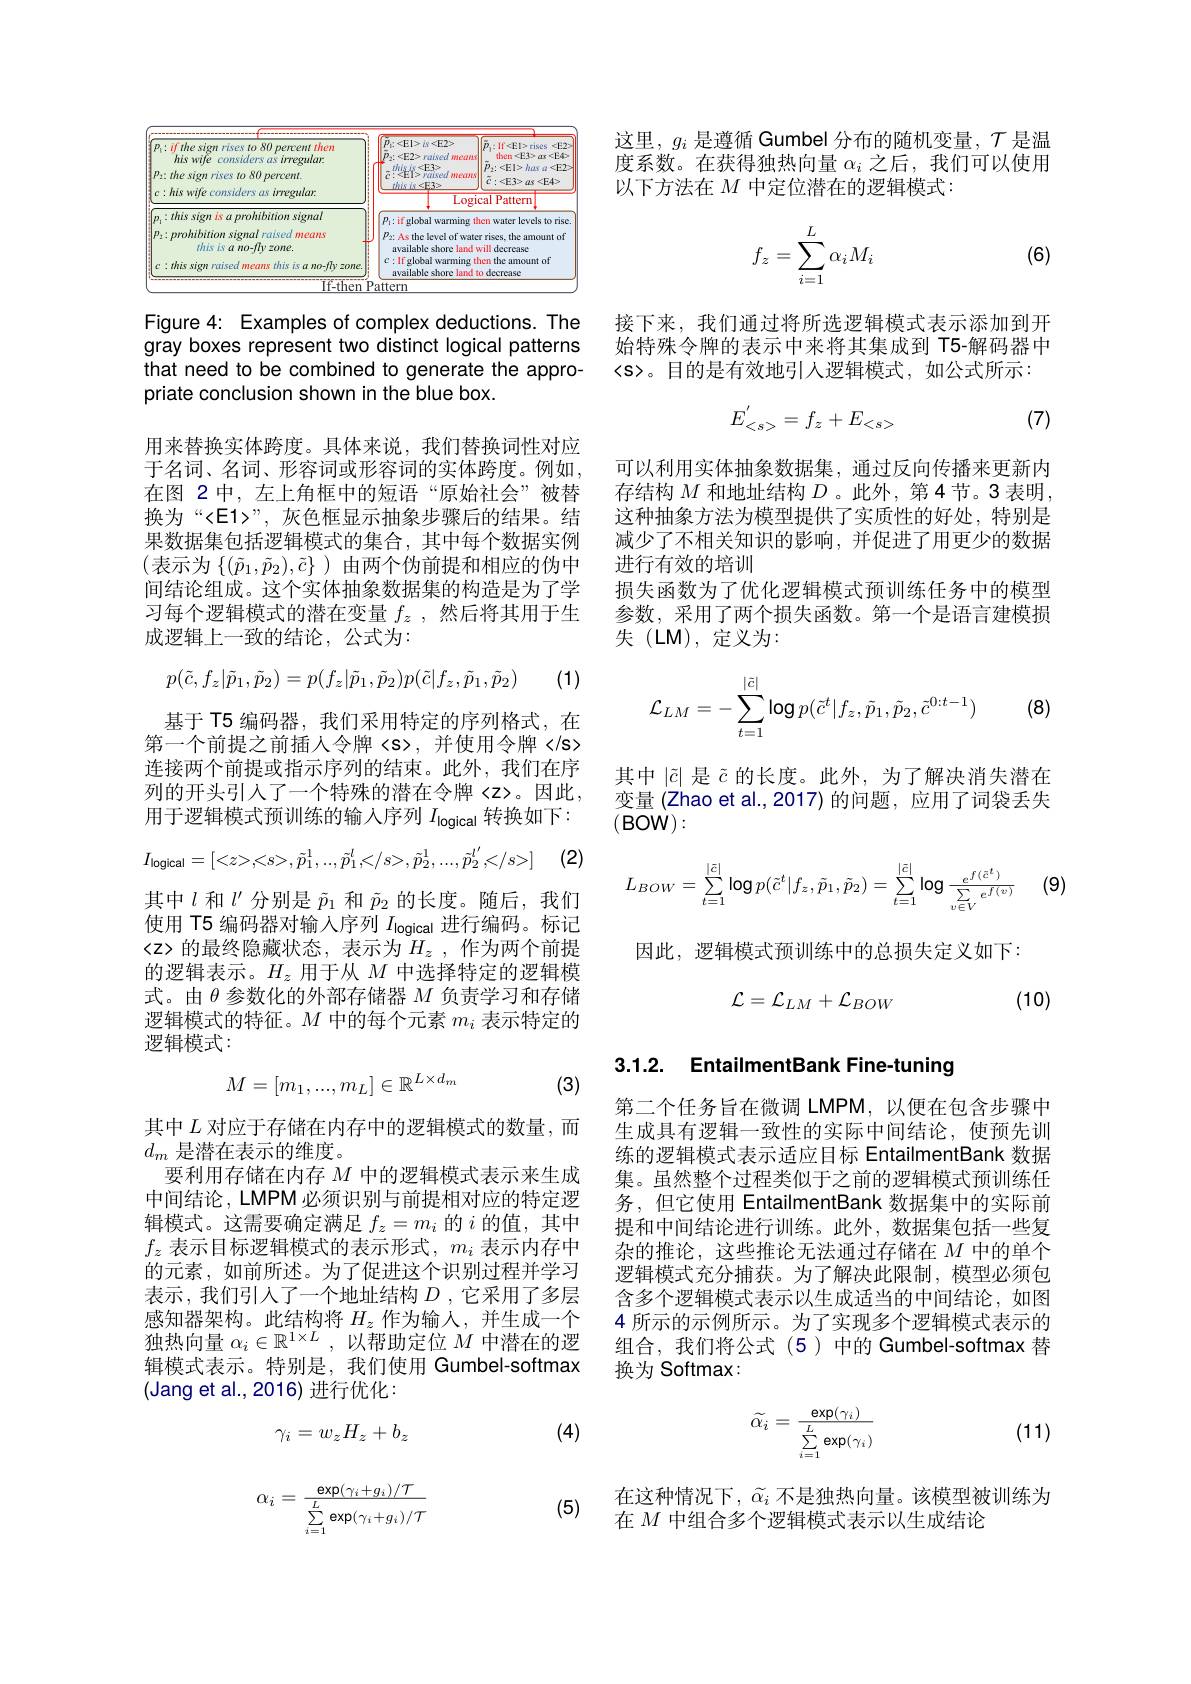
<FigureHere>

Figure 4: Examples of complex deductions. The gray boxes represent two distinct logical patterns that need to be combined to generate the appropriate conclusion shown in the blue box.

用来替换实体跨度。具体来说，我们替换词性对应于名词、名词、形容词或形容词的实体跨度。例如， 在图 2 中，左上角框中的短语“原始社会”被替换为“<E1>”, 灰色框显示抽象步骤后的结果。结果数据集包括逻辑模式的集合，其中每个数据实例(表示为$\{(\tilde{p}_1,\tilde{p}_2),\tilde{c}\})$由两个伪前提和相应的伪中间结论组成。这个实体抽象数据集的构造是为了学习每个逻辑模式的潜在变量$f_z$ ,然后将其用于生成逻辑上一致的结论，公式为：
$$p(\tilde{c},f_z|\tilde{p}_1,\tilde{p}_2)=p(f_z|\tilde{p}_1,\tilde{p}_2)p(\tilde{c}|f_z,\tilde{p}_1,\tilde{p}_2)$$
(1)

基于 T5 编码器，我们采用特定的序列格式，在第一个前提之前插人令牌〈s〉,并使用令牌〈s〉 连接两个前提或指示序列的结束。此外，我们在序列的开头引人了一个特殊的潜在令牌〈z〉。因此， 用于逻辑模式预训练的输入序列$I_\mathrm{logical}$转换如下：
$$I_{\mathrm{logical}}=[<z>,
,\tilde{p}_{1}^{1},..,\tilde{p}_{1}^{l},
,\tilde{p}_{2}^{1},...,\tilde{p}_{2}^{l^{\prime}},
]$$
(2)

其中$l$和$l^\prime$分别是$\tilde{p}_1$和$\tilde{p}_2$的长度。随后，我们使用 T5 编码器对输入序列$I_\mathrm{logical}$进行编码。标记<z>的最终隐藏状态，表示为$H_z$,作为两个前提的逻辑表示。$H_z$用于从$M$中选择特定的逻辑模式。由$\theta$参数化的外部存储器$M$负责学习和存储逻辑模式的特征。$M$中的每个元素$m_i$表示特定的逻辑模式：

(3)
$$M=[m_1,...,m_L]\in\mathbb{R}^{L\times d_m}$$
其中$L$对应于存储在内存中的逻辑模式的数量，而
$d_m$是潜在表示的维度。
要利用存储在内存$M$中的逻辑模式表示来生成中间结论，LMPM 必须识别与前提相对应的特定逻辑模式。这需要确定满足$f_z=m_i$的$i$的值，其中$f_z$表示目标逻辑模式的表示形式，$m_i$表示内存中的元素，如前所述。为了促进这个识别过程并学习表示，我们引入了一个地址结构$D$ ,它采用了多层感知器架构。此结构将$H_z$作为输入，并生成一个独热向量$\alpha_i\in\mathbb{R}^{1\times L}$,以帮助定位$M$中潜在的逻辑模式表示。特别是，我们使用 Gumbel-softmax (Jang et al.,2016)进行优化：

(4)
$$\gamma_i=w_zH_z+b_z$$
(5)
$$\alpha_i=\frac{\exp(\gamma_i+g_i)/\mathcal{T}}{\sum\limits_{i=1}^L\exp(\gamma_i+g_i)/\mathcal{T}}$$
这里，$g_i$是遵循 Gumbel 分布的随机变量，$\mathcal{T}$是温度系数。在获得独热向量$\alpha_i$之后，我们可以使用以下方法在$M$中定位潜在的逻辑模式：
$$f_z=\sum_{i=1}^L\alpha_iM_i$$
(6)

接下来，我们通过将所选逻辑模式表示添加到开始特殊令牌的表示中来将其集成到 T5-解码器中
。目的是有效地引人逻辑模式，如公式所示：

(7)
$$E_{
}^{'}=f_z+E_{
}$$
可以利用实体抽象数据集，通过反向传播来更新内存结构$M$和地址结构$D$ 。此外，第 4 节。3 表明， 这种抽象方法为模型提供了实质性的好处，特别是减少了不相关知识的影响，并促进了用更少的数据进行有效的培训
损失函数为了优化逻辑模式预训练任务中的模型参数，采用了两个损失函数。第一个是语言建模损失(LM),定义为：
$$\mathcal{L}_{LM}=-\sum_{t=1}^{|\tilde{c}|}\log p(\tilde{c}^t|f_z,\tilde{p}_1,\tilde{p}_2,\tilde{c}^{0:t-1})$$
(8)

其中$|\tilde{c}|$是$\tilde{c}$的长度。此外，为了解决消失潜在变量 (Zhao et al.,2017) 的问题，应用了词袋丢失$(\mathbf{BOW}):$

(9)
$$L_{BOW}=\sum\limits_{t=1}^{|\bar{c}|}\log p(\tilde{c}^t|f_z,\tilde{p}_1,\tilde{p}_2)=\sum\limits_{t=1}^{|\bar{c}|}\log\frac{e^{f(\bar{c}^t)}}{\sum\limits_{v\in V}e^{f(v)}}$$
因此，逻辑模式预训练中的总损失定义如下：
$$\mathcal{L}=\mathcal{L}_{LM}+\mathcal{L}_{BOW}$$
(10)

# 3.1.2. EntailmentBank Fine-tuning

第二个任务旨在微调 LMPM,以便在包含步骤中生成具有逻辑一致性的实际中间结论，使预先训练的逻辑模式表示适应目标 EntailmentBank 数据集。虽然整个过程类似于之前的逻辑模式预训练任务，但它使用 EntailmentBank 数据集中的实际前提和中间结论进行训练。此外，数据集包括一些复杂的推论，这些推论无法通过存储在$M$中的单个逻辑模式充分捕获。为了解决此限制，模型必须包含多个逻辑模式表示以生成适当的中间结论，如图4 所示的示例所示。为了实现多个逻辑模式表示的组合，我们将公式(5)中的 Gumbel-softmax 替换为 Softmax:
$$\widetilde{\alpha_i}=\frac{\exp(\gamma_i)}{\sum\limits_{i=1}^L\exp(\gamma_i)}$$
(11)

在这种情况下，$\tilde{\alpha}_i$不是独热向量。该模型被训练为
在$M$中组合多个逻辑模式表示以生成结论